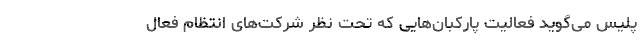
پلیس می‌گوید فعالیت پارکبان‌هایی که تحت نظر شرکت‌های انتظام فعال